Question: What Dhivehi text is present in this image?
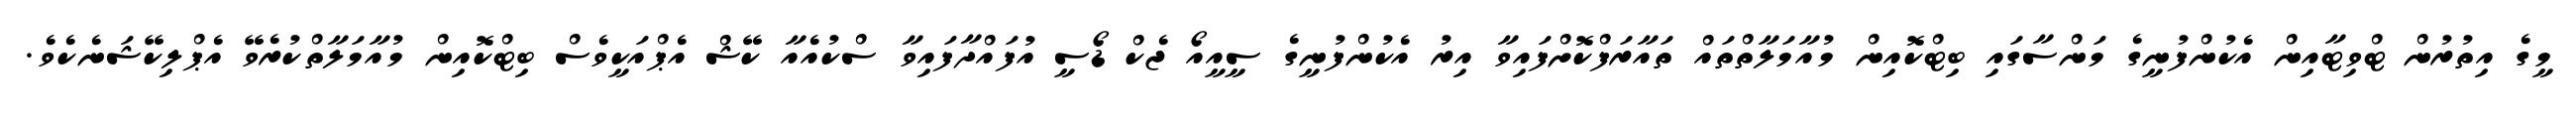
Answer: މީގެ އިތުރުން ޓްވިޓާއިން އެކުންފުނީގެ މަންސާގައި ބިޓްކޮއިން މުއާމަލާތްތައް ތައާރަފްކޮށްފައިވާ އިރު އެކުންފުނީގެ ސީއީއޯ ޖެކް ޑޯސީ އުފައްދާފައިވާ ސްކުއެއާ ކޭޝް އެޕްއަކީވެސް ބިޓްކޮއިން މުއާމަލާތްކުރެވޭ އެޕްލިކޭޝަނެކެވެ.